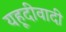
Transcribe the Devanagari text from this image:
यहूदीवादी